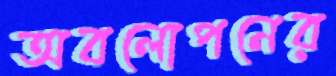
অবলোপনের